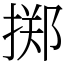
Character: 掷